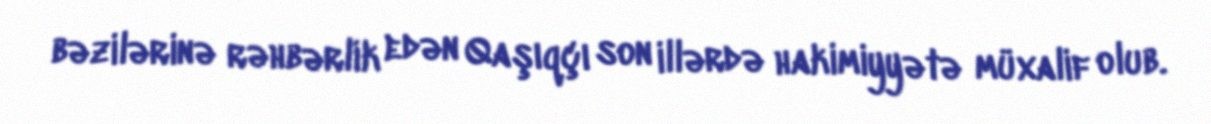
bəzilərinə rəhbərlik edən Qaşıqçı son illərdə hakimiyyətə müxalif olub.